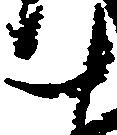
十